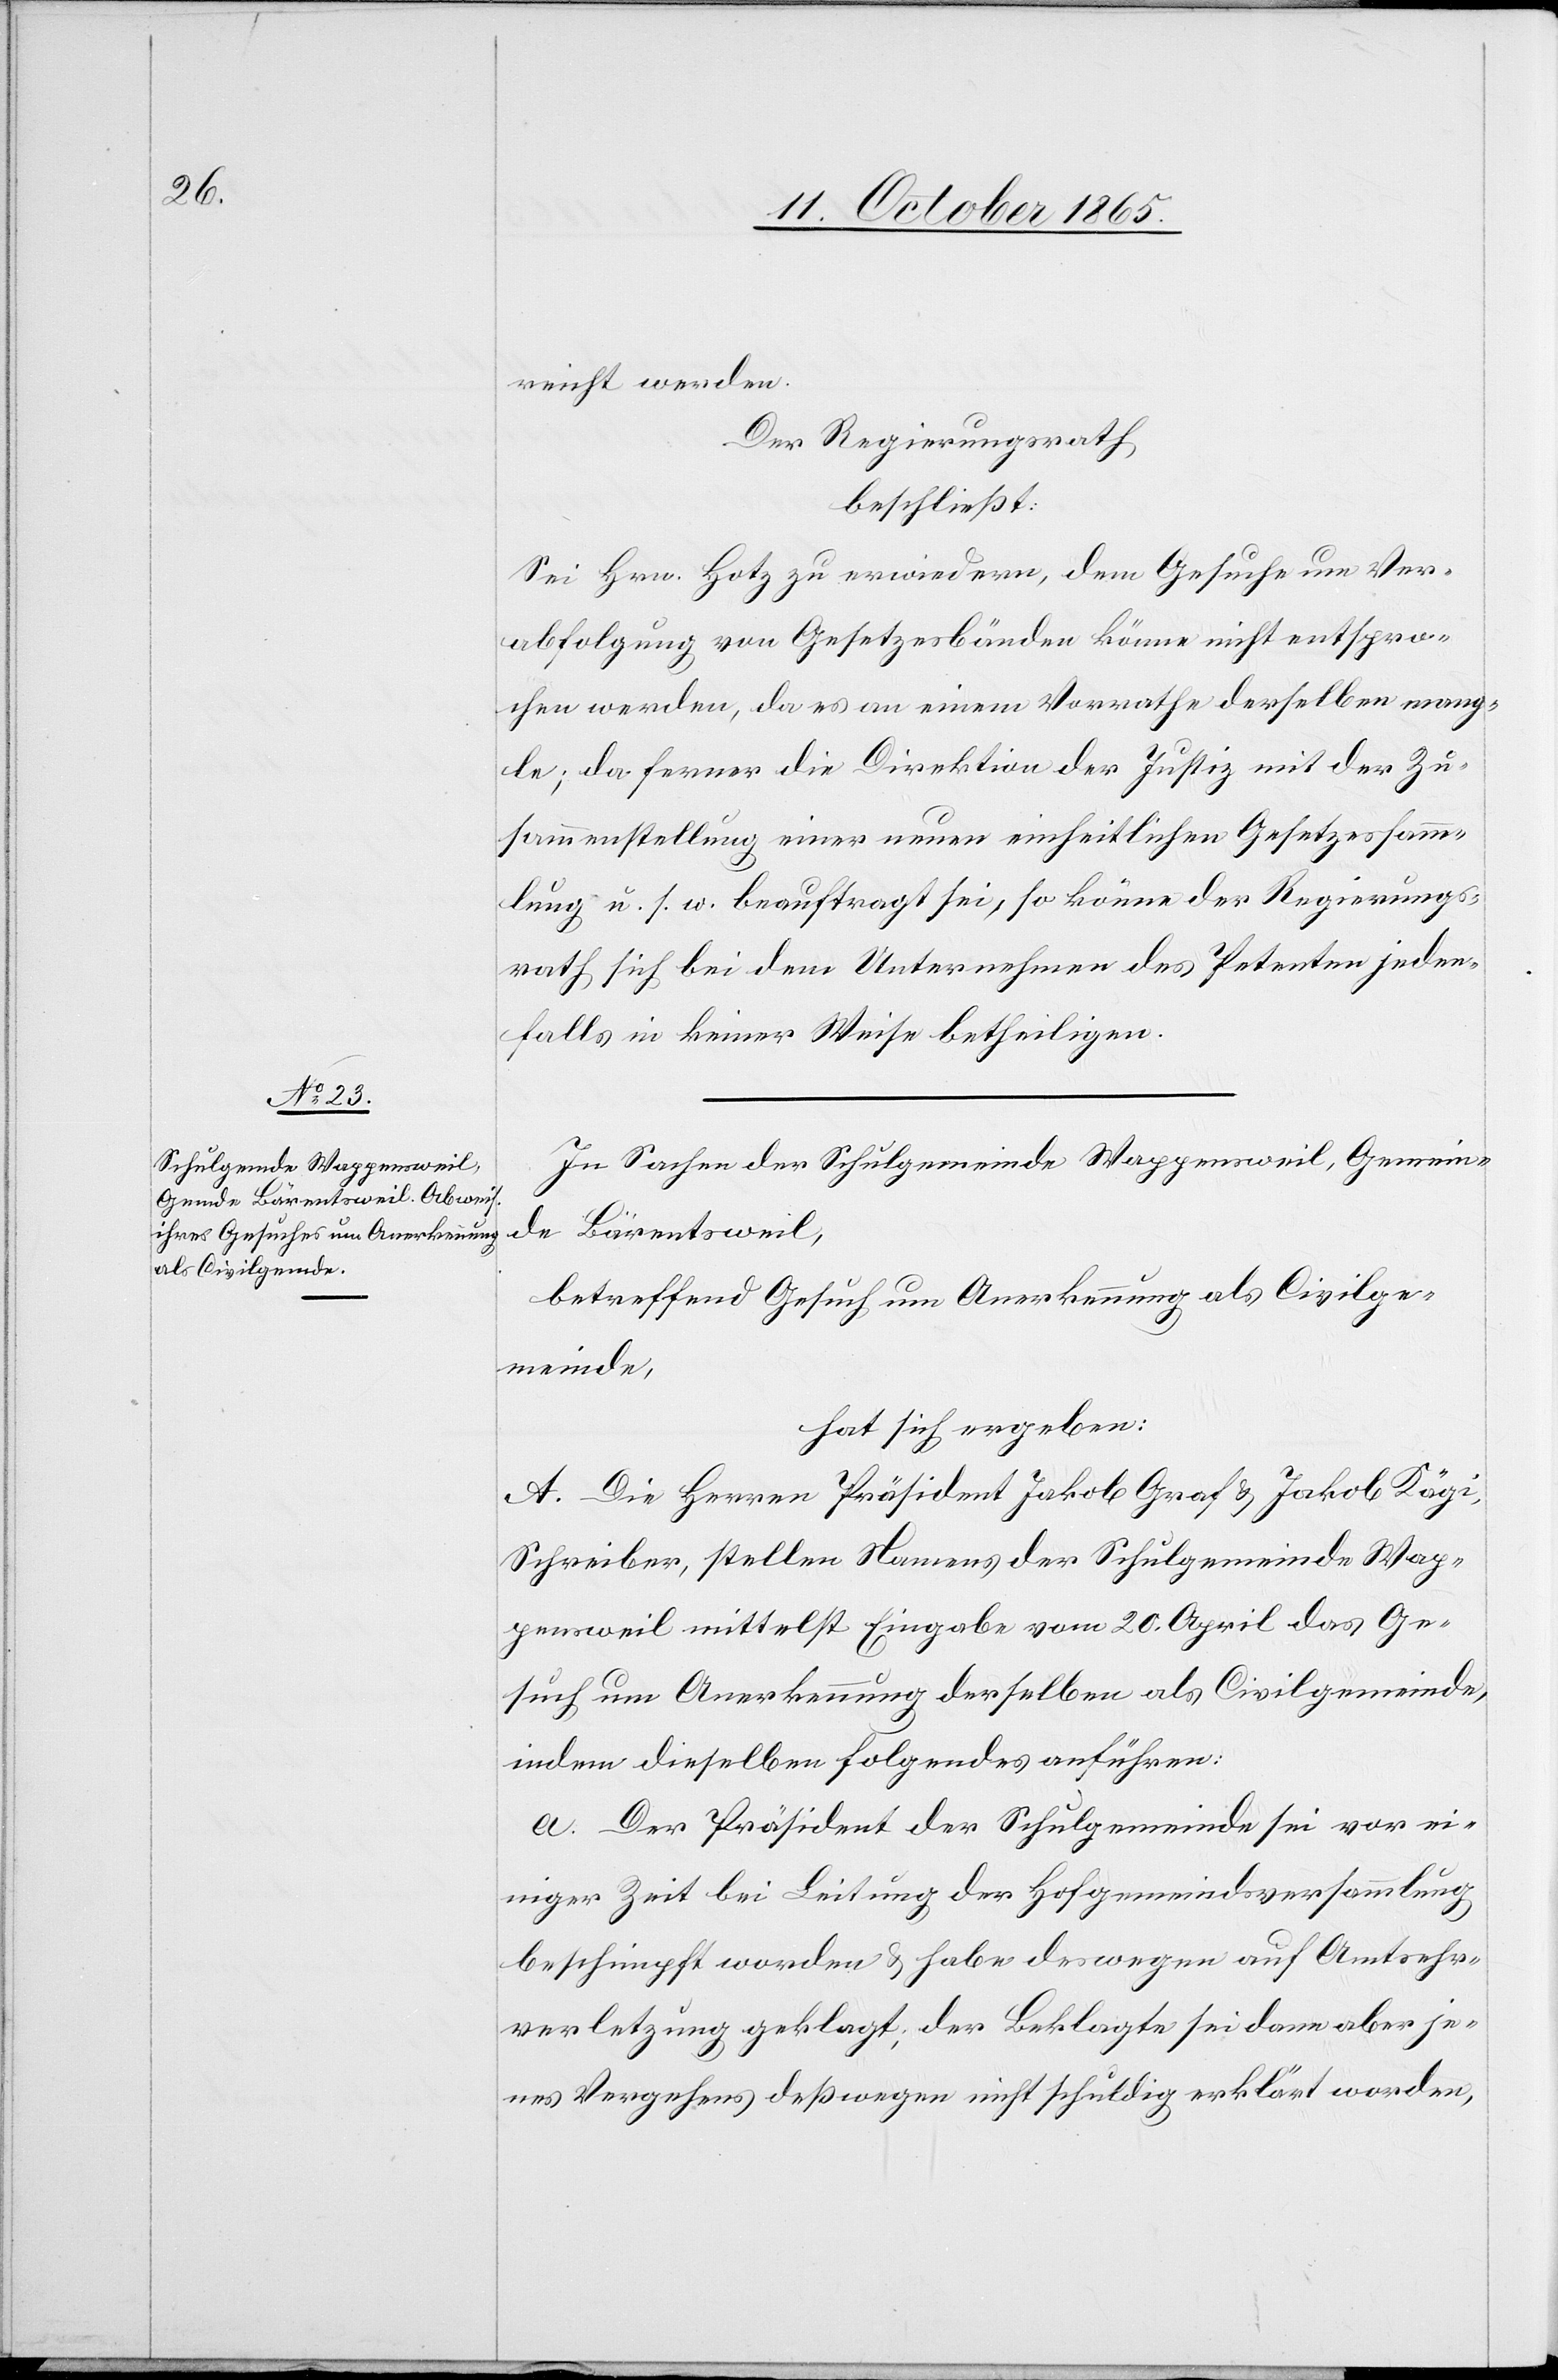
reicht werden.
Der Regierungsrath
beschließt:
Sei Hrn. Hotz zu erwiedern, dem Gesuche um Ver¬
abfolgung von Gesetzesbänden könne nicht entspro¬
chen werden, da es an einem Vorrathe derselben mang¬
le; da ferner die Direktion der Justiz mit der Zu¬
sammenstellung einer neuen einheitlichen Gesetzessamm¬
lung u. s. w. beauftragt sei, so könne der Regierungs¬
rath sich bei dem Unternehmen des Petenten jeden¬
falls in keiner Weise betheiligen.
In Sachen der Schulgemeinde Wappensweil, Gemein¬
de Bärentsweil,
betreffend Gesuch um Anerkennung als Civilge¬
meinde,
hat sich ergeben:
A. Die Herren Präsident Jakob Graf & Jakob Kägi,
Schreiber, stellen Namens der Schulgemeinde Wap¬
pensweil mittelst Eingabe vom 20. April das Ge¬
such um Anerkennung derselben als Civilgemeinde,
indem dieselben folgendes anführen:
a. Der Präsident der Schulgemeinde sei vor ei¬
niger Zeit bei Leitung der Hofgemeindsversammlung
beschimpft worden & habe deswegen auf Amtsehr¬
verletzung geklagt; der Beklagte sei dann aber je¬
nes Vergehens deßwegen nicht schuldig erklärt worden,